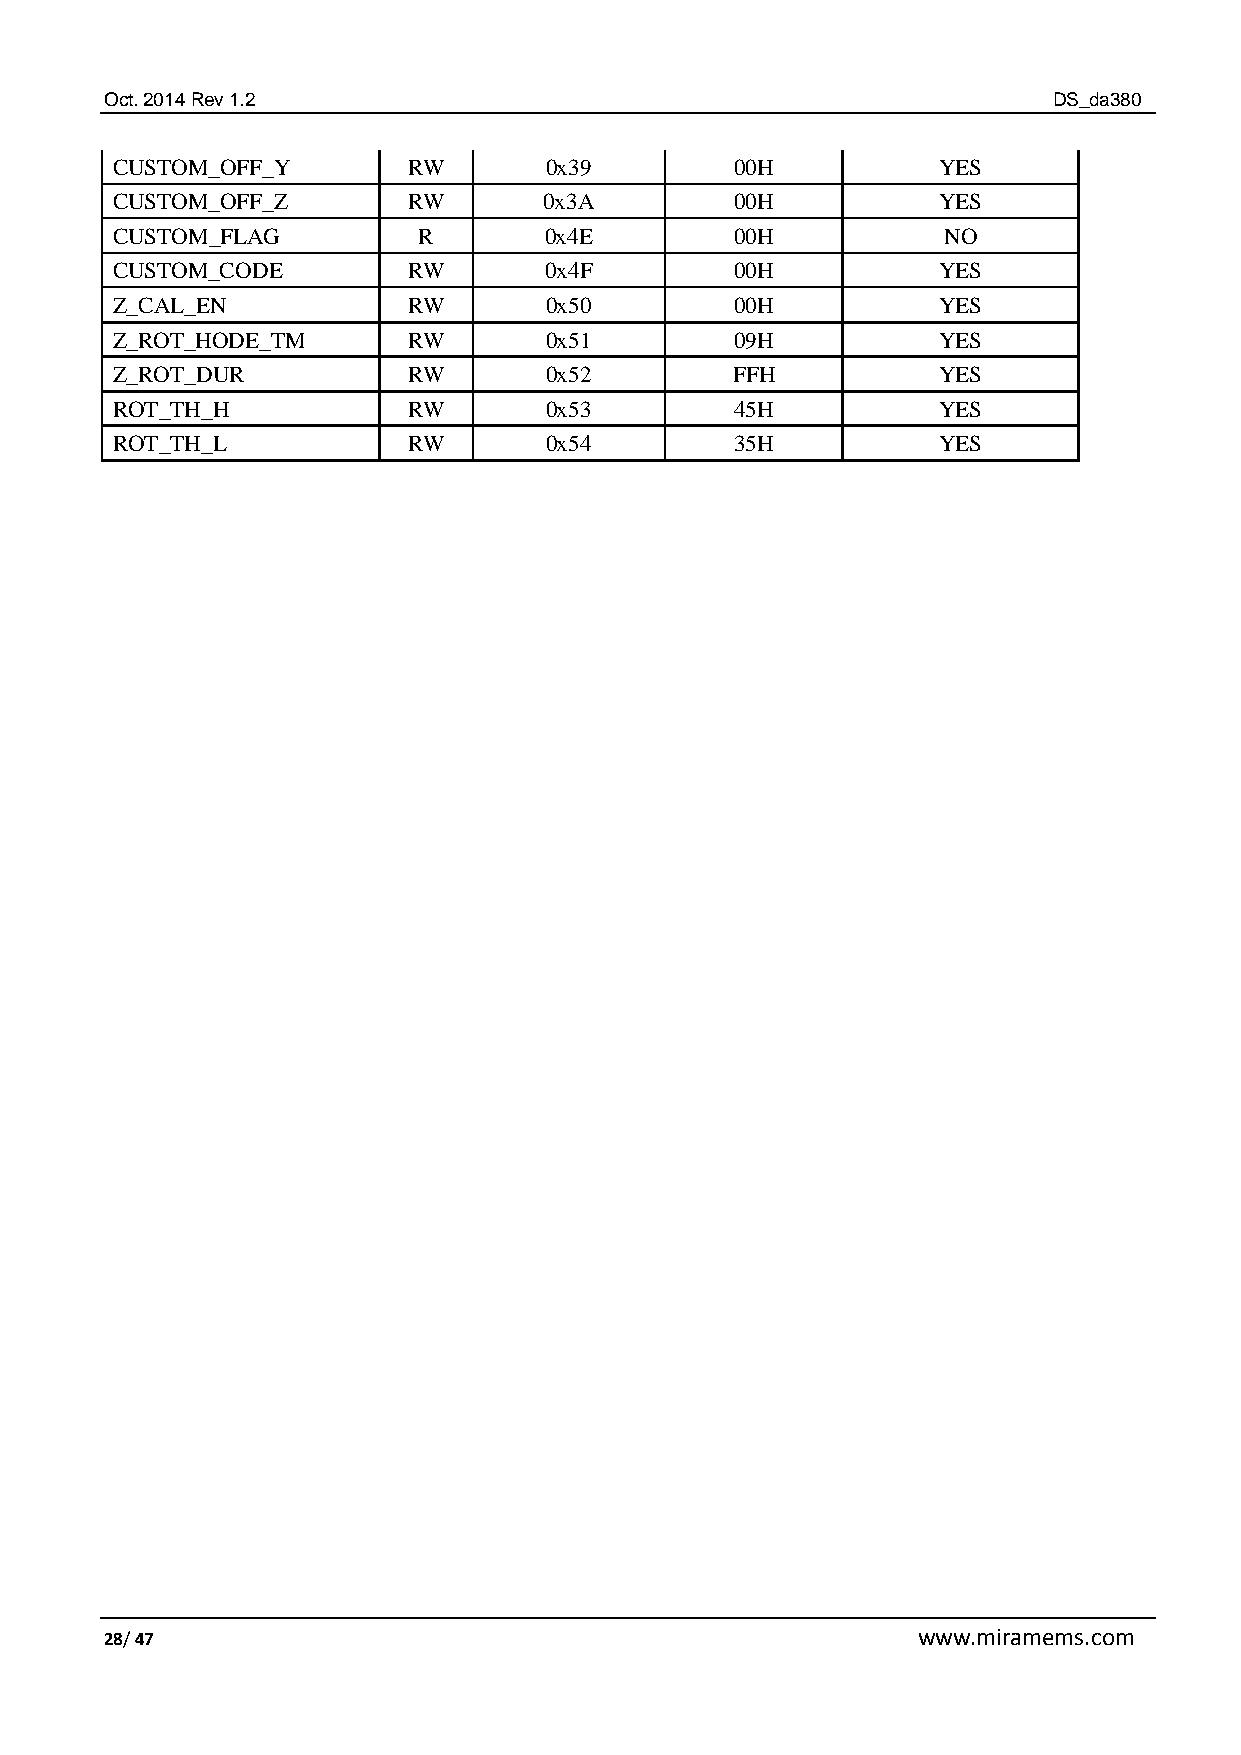
Oct. 2014 Rev 1.2                                              DS_da380
 CUSTOM_OFF_Y        RW       0x39         00H          YES
 CUSTOM_OFF_Z        RW       0x3A         00H          YES
 CUSTOM_FLAG          R       0x4E         00H          NO
 CUSTOM_CODE         RW       0x4F         00H          YES
 Z_CAL_EN            RW       0x50         00H          YES
 Z_ROT_HODE_TM       RW       0x51         09H          YES
 Z_ROT_DUR           RW       0x52        FFH           YES
 ROT_TH_H            RW       0x53         45H          YES
 ROT_TH_L            RW       0x54         35H          YES
 28/ 47                                                www.miramems.com